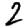
Digit: 2